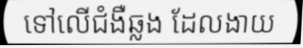
ទៅលើជំងឺឆ្លង ដែលងាយ